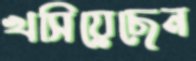
খসিয়েছেন